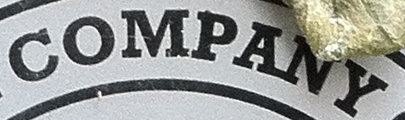
COMPANY